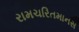
રામચરિતમાનસ